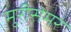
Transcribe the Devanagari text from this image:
मुरीसेमर